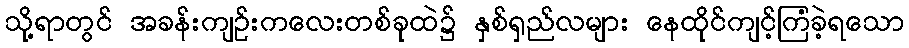
သို့ရာတွင် အခန်းကျဉ်းကလေးတစ်ခုထဲ၌ နှစ်ရှည်လများ နေထိုင်ကျင့်ကြံခဲ့ရသော